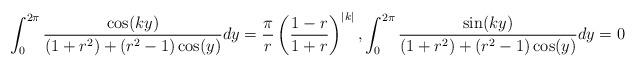
LaTeX: \begin{align*} \int_{0}^{2\pi}\frac{\cos(ky)}{(1+r^2)+(r^2-1)\cos(y)}dy = \frac{\pi}{r}\left(\frac{1-r}{1+r}\right)^{|k|}, \int_{0}^{2\pi}\frac{\sin(ky)}{(1+r^2)+(r^2-1)\cos(y)}dy = 0\end{align*}